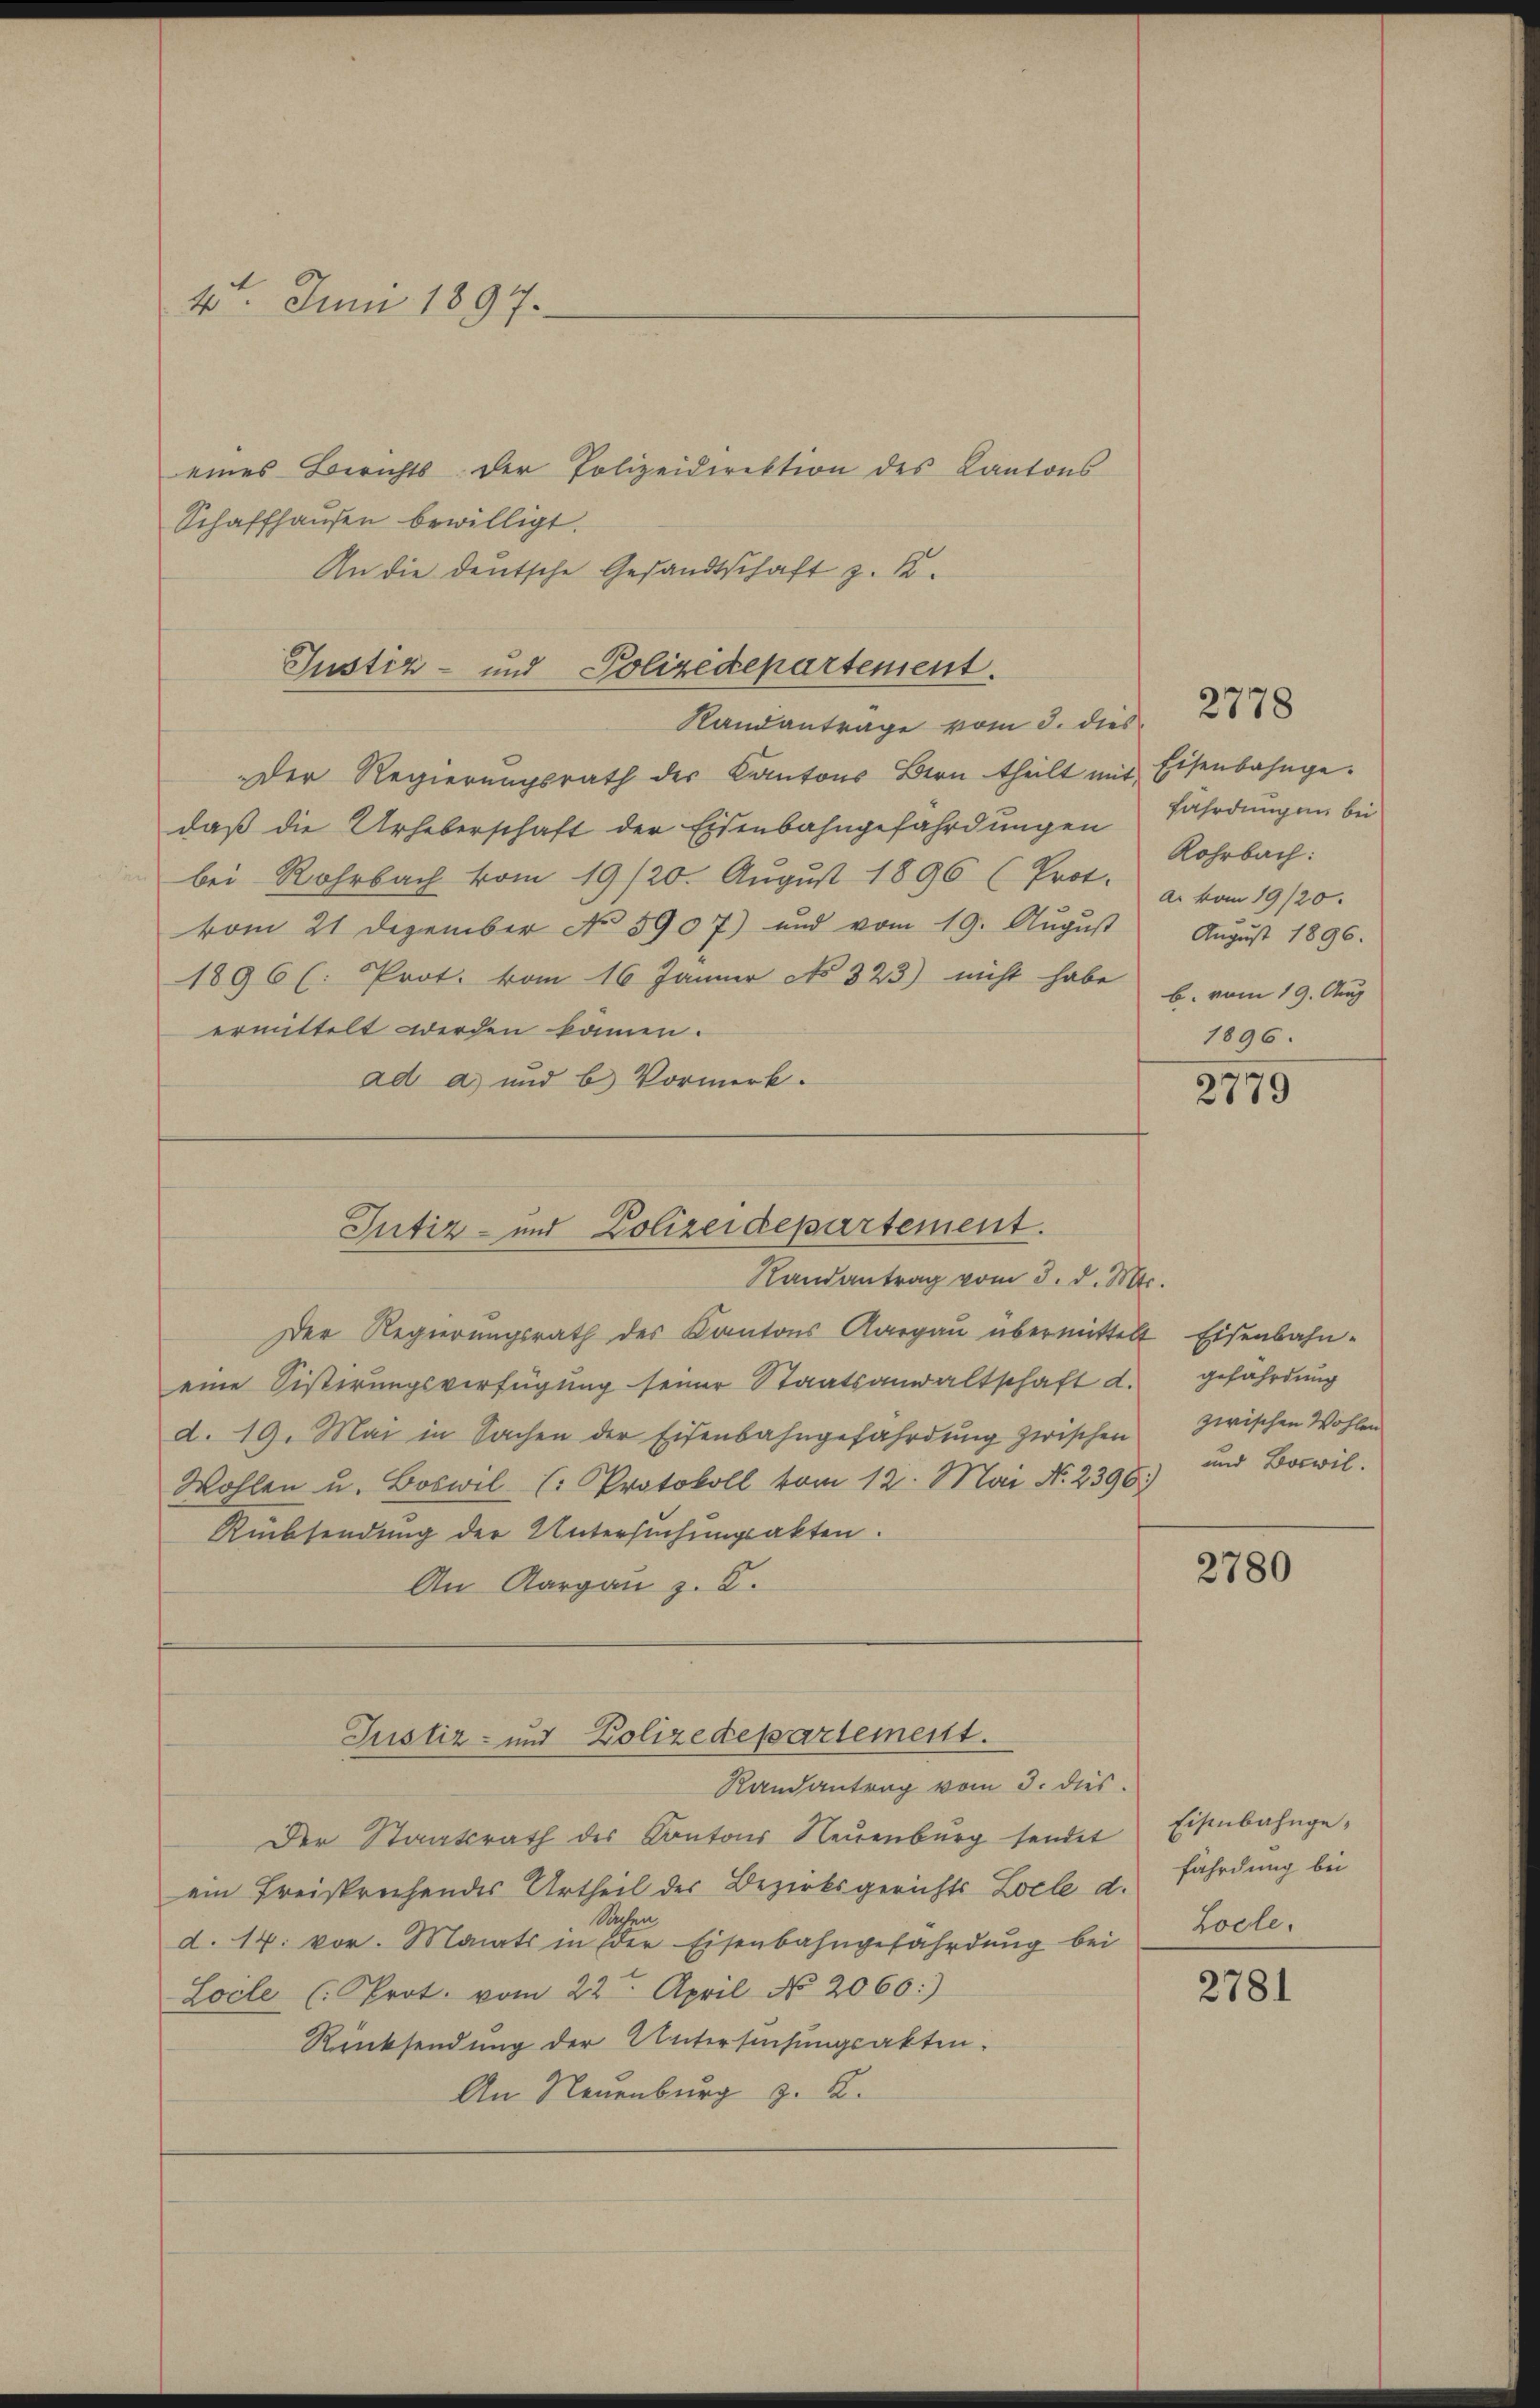
4t. Juni 1897.

eines Berichts der Polizeidirektion des Kantons
Schaffhaŭsen bewilligt.
An die deutsche Gesandtschaft z. R.
Justiz- und Polizedepartement.
Randantrage vom 3. dies 2878
Der Regierungsrath des Kantons Bern theilt mit Eisenbahngedaβ die Urheberschaft der Eisenbahngefährdungen fährdungen bei
"bei Rohrbach vom 19/20. Aŭgŭst 1896 (Prot. a. vom 19/20.
vom 21 Dezember No. 5907) und vom 19. August
1896 (: Prot. vom 16. Jänner No 323) nicht habe u. vom 19. Aug
ermittelt werden können.
ad a und b) Vormerk.

Der Regierungsrath des Kantons Aargau übermittelt Eisenbahn-
eine Sistirungsverfügung seiner Staatsanwaltschaft d.
d. 19. Mai in Sachen der Eisenbahngefährdung zwischen
Wohlen u. Boswil (: Protokoll vom 12. Mai N. 2396) und Boswil.
Rücksendung der Untersuchungsakten.
An Aargau z. B.
Randantrag vom 3. dies
Der Staatsrath des Kantons Neuenburg sendet
ein Freisprechendes Urtheil des Bezirksgerichts Locle d.
echen
d. 14. vor. Monats in der Eisenbahngefährdung bei
Locle (Prot. vom 22. April No 2060:)
Rücksendung der Untersuchungsakten.
An Neuenburg z. B.

Iutiz- und Polizeidepartement.
Randantrag vom 3. d. Mts.

Justiz- und Polizedepartement.

Rohrbach:
August 1896.
1896.

2779

gefährdung
zwischen Wohlen

2780

Eisenbahngefährdung bei
Locle.

2781